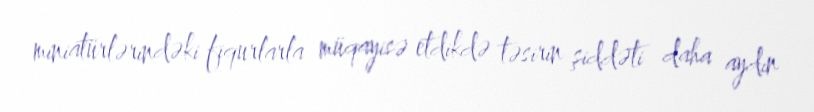
miniatürlərindəki fiqurlarla müqayisə etdikdə təsirin şiddəti daha aydın